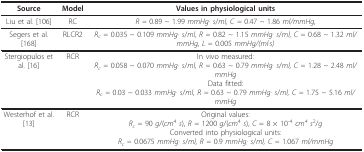
| Source | Model | Values in physiological units |
 | --- | --- | --- |
 | Liu et al. [106] | RC | R = 0.89 ~ 1.99 mmHg· s/ml, C = 0.47 ~ 1.86 ml/mmHg, |
 | Segers et al. [168] | RLCR2 | Rc = 0.035 ~ 0.109 mmHg· s/ml, R = 0.82 ~ 1.15 mmHg· s/ml, C = 0.68 ~ 1.32 ml/mmHg, L = 0.005 mmHg/(ml·s) |
 | Stergiopulos et al. [16] | RCR | In vivo measured:Rc = 0.058 ~ 0.070 mmHg· s/ml, R = 0.63 ~ 0.79 mmHg· s/ml, C = 1.28 ~ 2.48 ml/mmHgData fitted:Rc = 0.03 ~ 0.033 mmHg· s/ml, R = 0.63 ~ 0.79 mmHg· s/ml, C = 1.75 ~ 5.16 ml/mmHg |
 | Westerhof et al. [13] | RCR | Original values:Rc = 90 g/(cm4 s), R = 1200 g/(cm4 s), C = 8 × 10-4 cm4 s2/gConverted into physiological units:Rc = 0.0675 mmHg· s/ml, R = 0.9 mmHg· s/ml, C = 1.067 ml/mmHg |